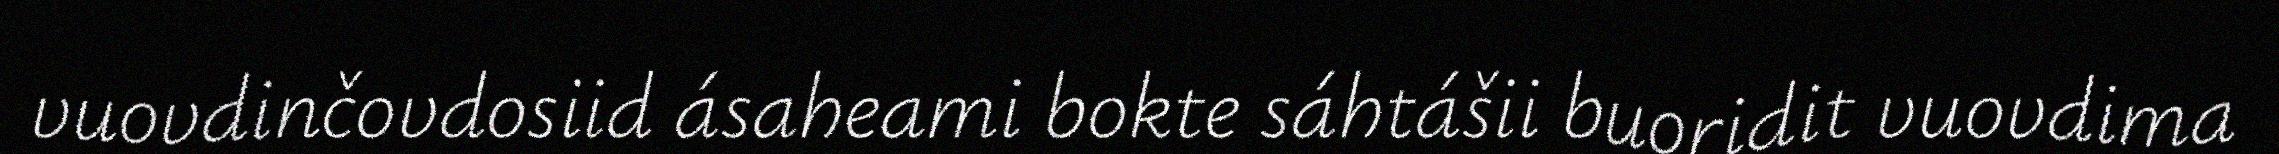
vuovdinčovdosiid ásaheami bokte sáhtášii buoridit vuovdima